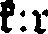
k:r